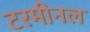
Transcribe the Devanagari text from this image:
टरमीनल